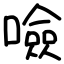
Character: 噞